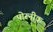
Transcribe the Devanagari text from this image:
पोरनीक